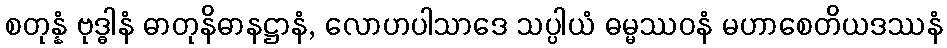
စတုန္နံ ဗုဒ္ဓါနံ ဓာတုနိဓာနဋ္ဌာနံ, လောဟပါသာဒေ သပ္ပါယံ ဓမ္မဿဝနံ မဟာစေတိယဒဿနံ